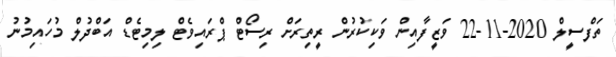
ތަފްސީލް 2020-11-22 ވަޒީފާއިން ވަކިކުރުން ރީތިރަށް ރިސޯޓް ޕްރައިވެޓް ލިމިޓެޑް އަބްދުލް މުހައިމުނު